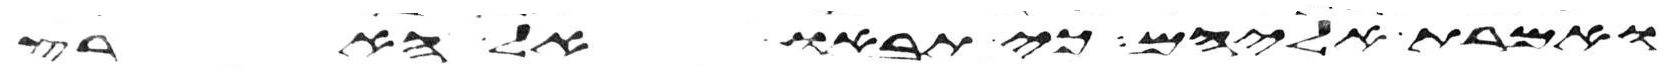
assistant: ואמרת אליהם כי תבאו אל הארץ